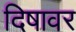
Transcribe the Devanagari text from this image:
दिषावर